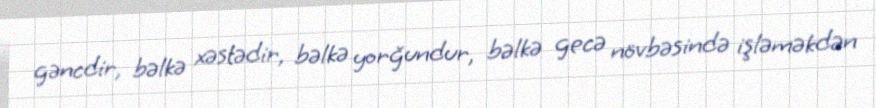
gəncdir, bəlkə xəstədir, bəlkə yorğundur, bəlkə gecə növbəsində işləməkdən